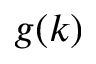
g ( k )